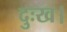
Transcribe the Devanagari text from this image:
दुःख।